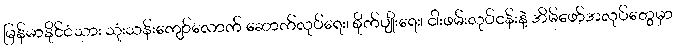
မြန်မာနိုင်ငံသား သုံးသန်းကျော်လောက် ဆောက်လုပ်ရေး၊ စိုက်ပျိုးရေး၊ ငါးဖမ်းလုပ်ငန်းနဲ့ အိမ်ဖော်အလုပ်တွေမှာ